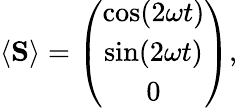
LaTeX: \begin{array}{r}{\langle{\mathbf S}\rangle=\left(\begin{array}{c}{\cos(2\omega t)}\\ {\sin(2\omega t)}\\ {0}\end{array}\right),}\end{array}